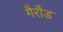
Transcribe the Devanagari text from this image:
गैरौड